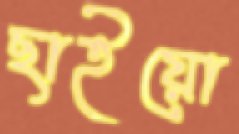
ছাইয়ো